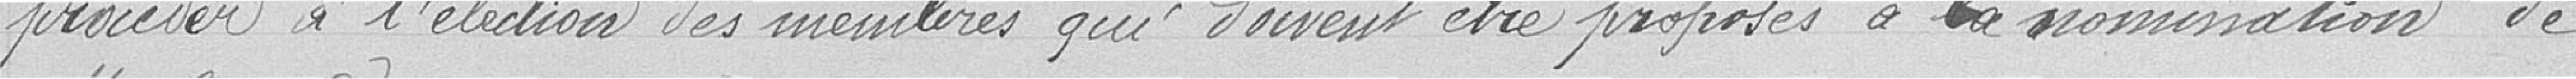
procéder à l'élection des membres qui doivent être proposés à la nomination de